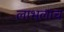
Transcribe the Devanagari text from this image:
लाभलाच